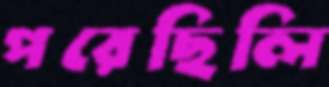
পরেছিলি